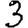
Digit: 3